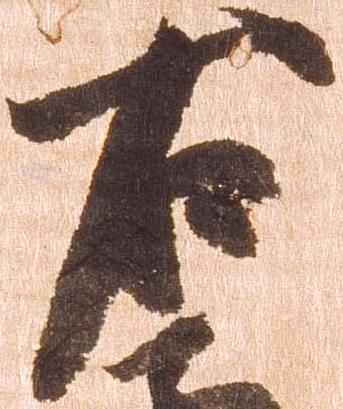
右